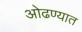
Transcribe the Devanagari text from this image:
ओढण्यात